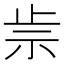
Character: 𥘣